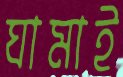
ঘামাই